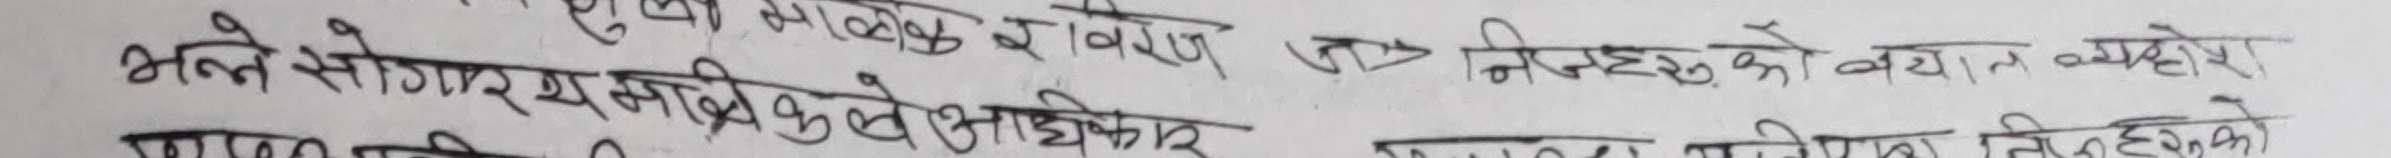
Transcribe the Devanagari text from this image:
अथवा आबेदन वा विचार त > निनइहरूका बयान्न ब्यहोर को
भन्ने सोगत्‌ य सक्षिले अधिकार
गरि पानी तिनइहरूका